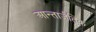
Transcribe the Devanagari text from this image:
आन्तार्जतिक